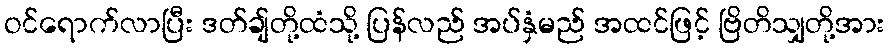
ဝင်ရောက်လာပြီး ဒတ်ချ်တို့ထံသို့ ပြန်လည် အပ်နှံမည် အထင်ဖြင့် ဗြိတိသျှတို့အား